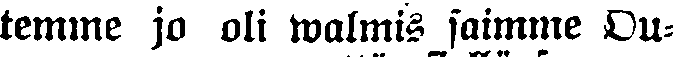
temme jo oli walmis saimme Ou-